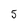
Character: 5